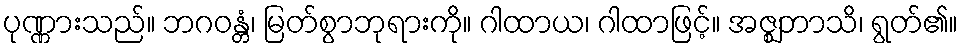
ပုဏ္ဏားသည်။ ဘဂဝန္တံ၊ မြတ်စွာဘုရားကို။ ဂါထာယ၊ ဂါထာဖြင့်။ အဇ္ဈဘာသိ၊ ရွတ်၏။